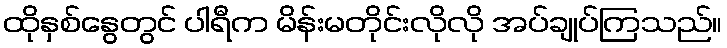
ထိုနှစ်နွေတွင် ပါရီက မိန်းမတိုင်းလိုလို အပ်ချုပ်ကြသည်။